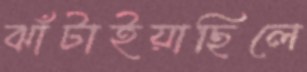
ঝাঁটাইয়াছিলে